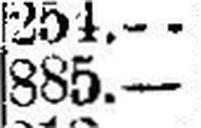
885.—